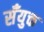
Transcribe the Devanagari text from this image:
सँयुक्त